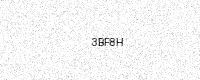
Text: 3BF8H